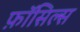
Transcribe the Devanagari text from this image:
फ़ॉसिल्स